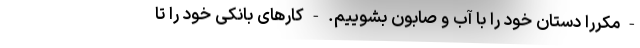
- مکررا دستان خود را با آب و صابون بشوییم. - کارهای بانکی خود را تا